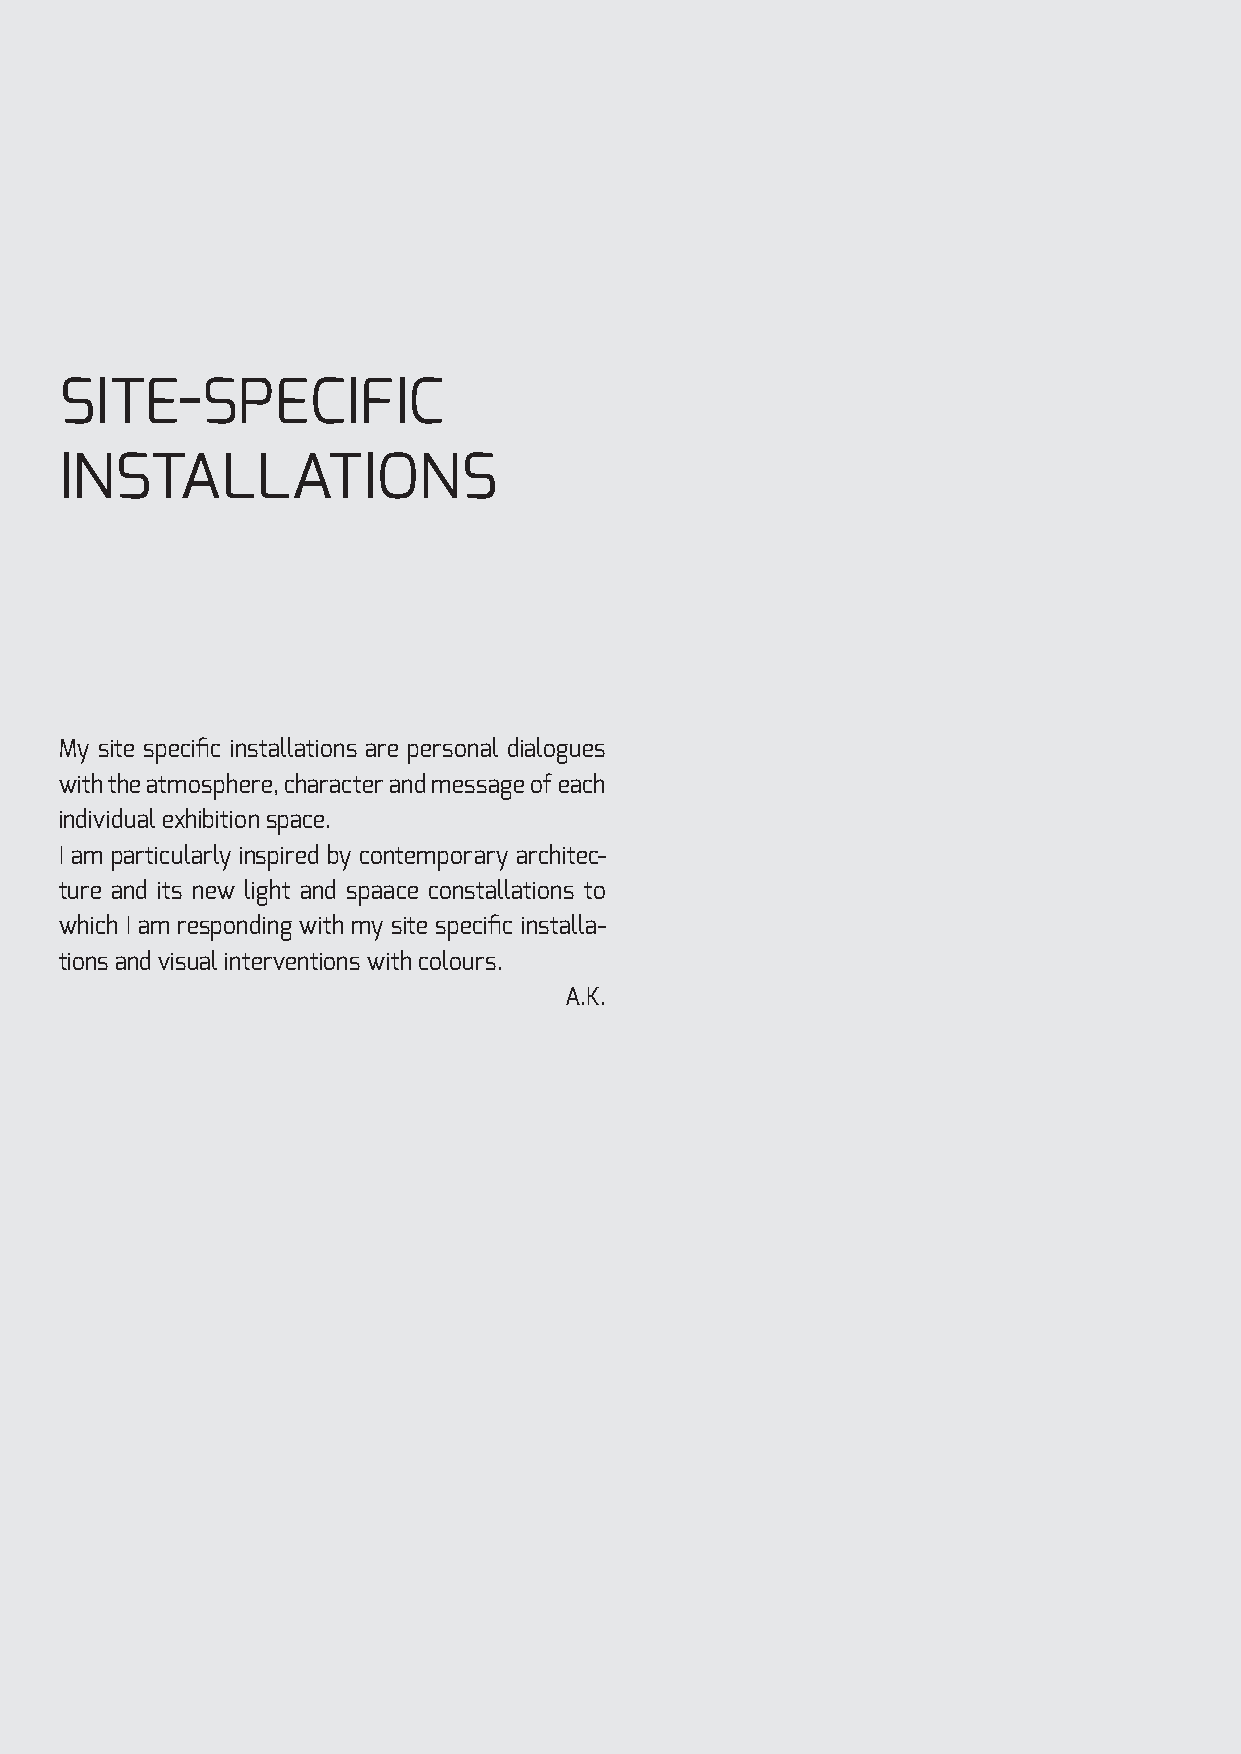
SITE-SPECIFIC
 INSTALLATIONS
 My site specific installations are personal dialogues
 with the atmosphere, character and message of each
 individual exhibition space.
 I am particularly inspired by contemporary architec-
 ture and its new light and spaace constallations to
 which I am responding with my site specific installa-
 tions and visual interventions with colours.
 A.K.
 © ANITA KONTREC > 29